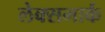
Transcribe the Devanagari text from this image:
लेक्समार्क